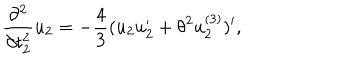
LaTeX: \frac { \partial ^ { 2 } } { \partial t _ { 2 } ^ { 2 } } u _ { 2 } = - \frac { 4 } { 3 } ( u _ { 2 } u _ { 2 } ^ { \prime } + { \theta } ^ { 2 } u _ { 2 } ^ { ( 3 ) } ) ^ { \prime } ,